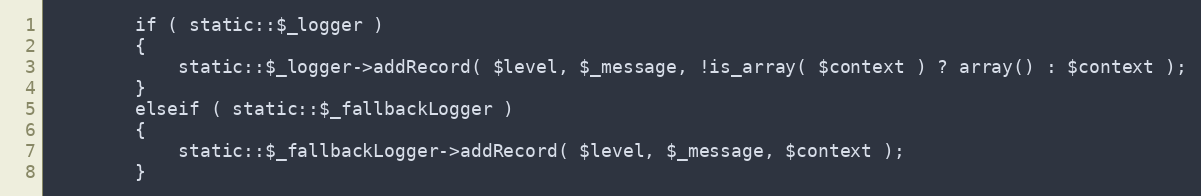
Language: PHP
        if ( static::$_logger )
        {
            static::$_logger->addRecord( $level, $_message, !is_array( $context ) ? array() : $context );
        }
        elseif ( static::$_fallbackLogger )
        {
            static::$_fallbackLogger->addRecord( $level, $_message, $context );
        }